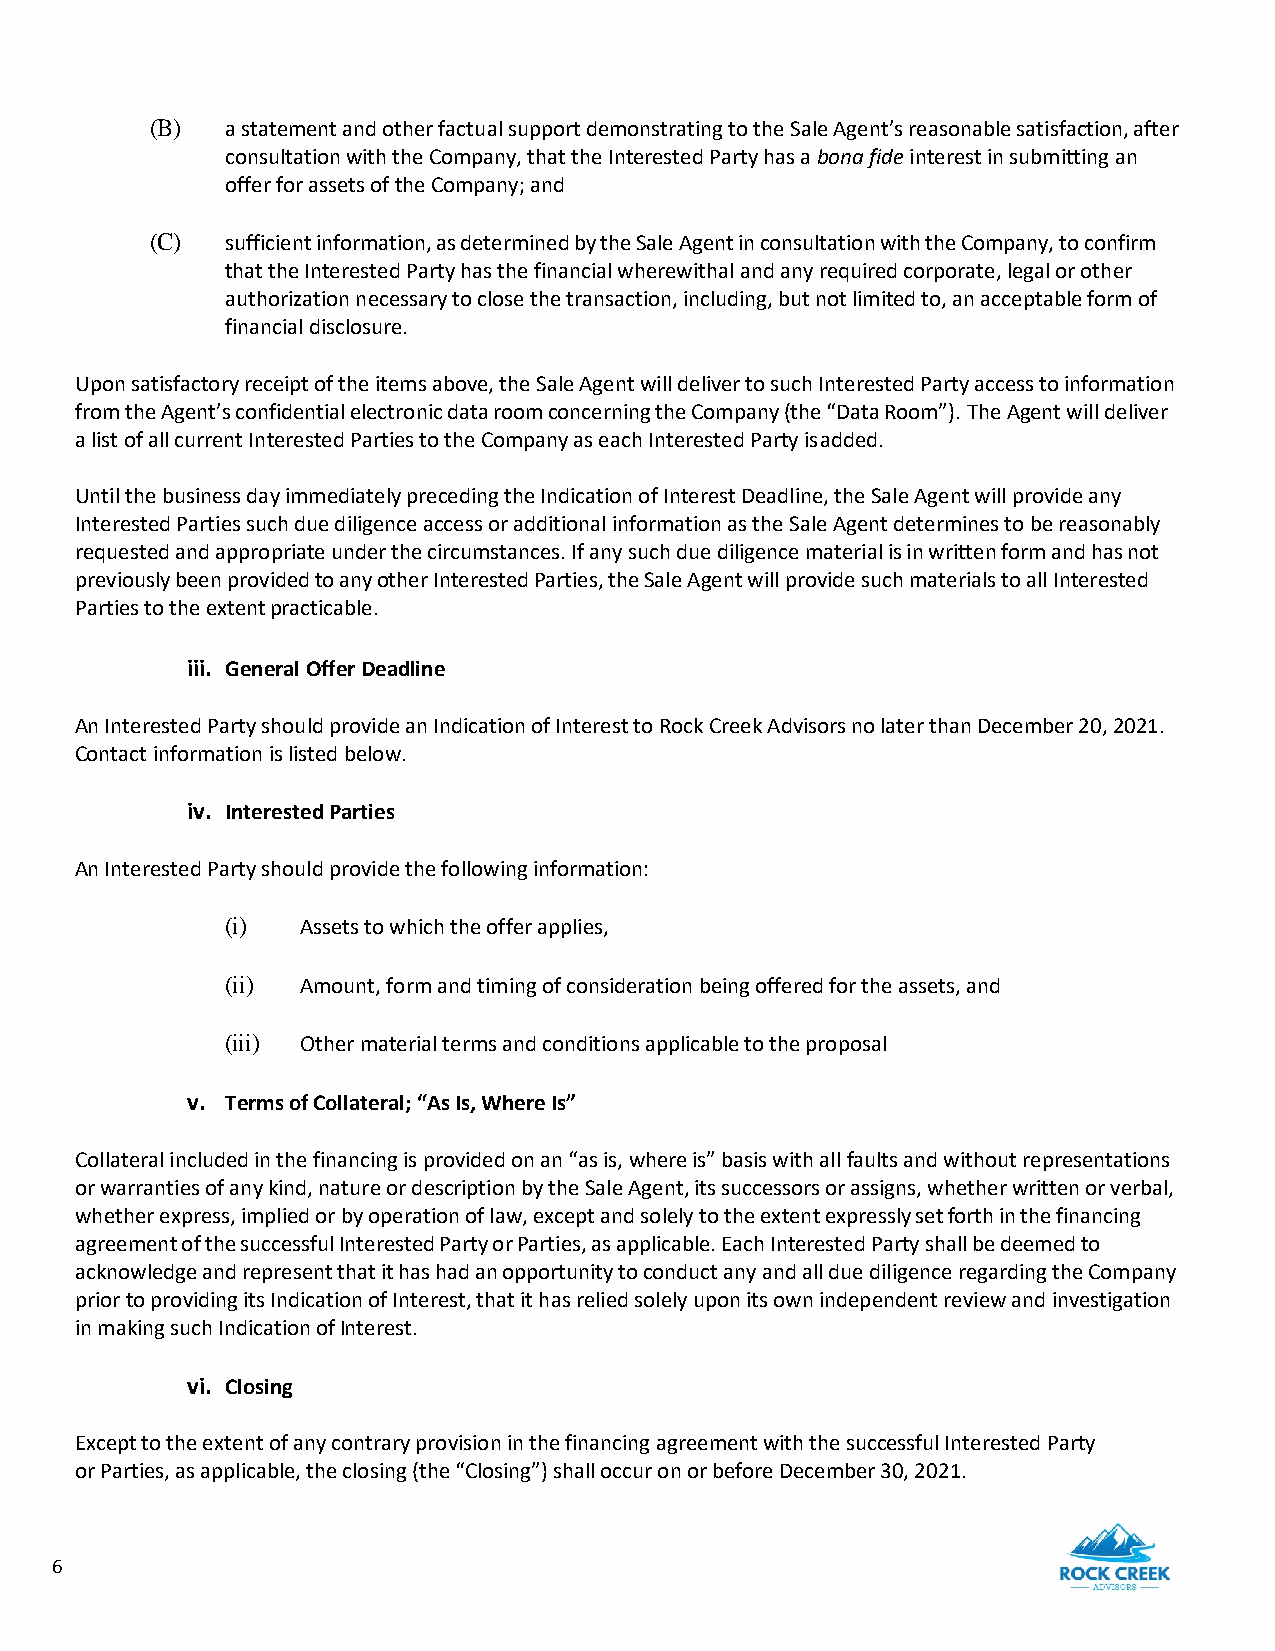
(B)  a statement and other factual support demonstrating to the Sale Agent’s reasonable satisfaction, after
 consultation with the Company, that the Interested Party has a bona fide interest in submitting an
 offer for assets of the Company; and
 (C)  sufficient information, as determined by the Sale Agent in consultation with the Company, to confirm
 that the Interested Party has the financial wherewithal and any required corporate, legal or other
 authorization necessary to close the transaction, including, but not limited to, an acceptable form of
 financial disclosure.
 Upon satisfactory receipt of the items above, the Sale Agent will deliver to such Interested Party access to information
 from the Agent’s confidential electronic data room concerning the Company (the “Data Room”). The Agent will deliver
 a list of all current Interested Parties to the Company as each Interested Party is added.
 Until the business day immediately preceding the Indication of Interest Deadline, the Sale Agent will provide any
 Interested Parties such due diligence access or additional information as the Sale Agent determines to be reasonably
 requested and appropriate under the circumstances. If any such due diligence material is in written form and has not
 previously been provided to any other Interested Parties, the Sale Agent will provide such materials to all Interested
 Parties to the extent practicable.
 iii. General Offer Deadline
 An Interested Party should provide an Indication of Interest to Rock Creek Advisors no later than December 20, 2021.
 Contact information is listed below.
 iv. Interested Parties
 An Interested Party should provide the following information:
 (i)  Assets to which the offer applies,
 (ii) Amount, form and timing of consideration being offered for the assets, and
 (iii) Other material terms and conditions applicable to the proposal
 v. Terms of Collateral; “As Is, Where Is”
 Collateral included in the financing is provided on an “as is, where is” basis with all faults and without representations
 or warranties of any kind, nature or description by the Sale Agent, its successors or assigns, whether written or verbal,
 whether express, implied or by operation of law, except and solely to the extent expressly set forth in the financing
 agreement of the successful Interested Party or Parties, as applicable. Each Interested Party shall be deemed to
 acknowledge and represent that it has had an opportunity to conduct any and all due diligence regarding the Company
 prior to providing its Indication of Interest, that it has relied solely upon its own independent review and investigation
 in making such Indication of Interest.
 vi. Closing
 Except to the extent of any contrary provision in the financing agreement with the successful Interested Party
 or Parties, as applicable, the closing (the “Closing”) shall occur on or before December 30, 2021.
 6